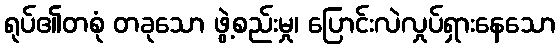
ရုပ်၏တစုံ တခုသော ဖွဲ့စည်းမှု၊ ပြောင်းလဲလှုပ်ရှားနေသော